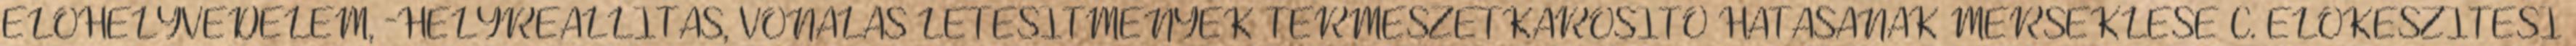
ÉLŐHELYVÉDELEM, -HELYREÁLLÍTÁS, VONALAS LÉTESÍTMÉNYEK TERMÉSZETKÁROSÍTÓ HATÁSÁNAK MÉRSÉKLÉSE C. ELŐKÉSZÍTÉSI